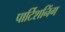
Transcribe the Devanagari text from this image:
पार्टिशनिंग